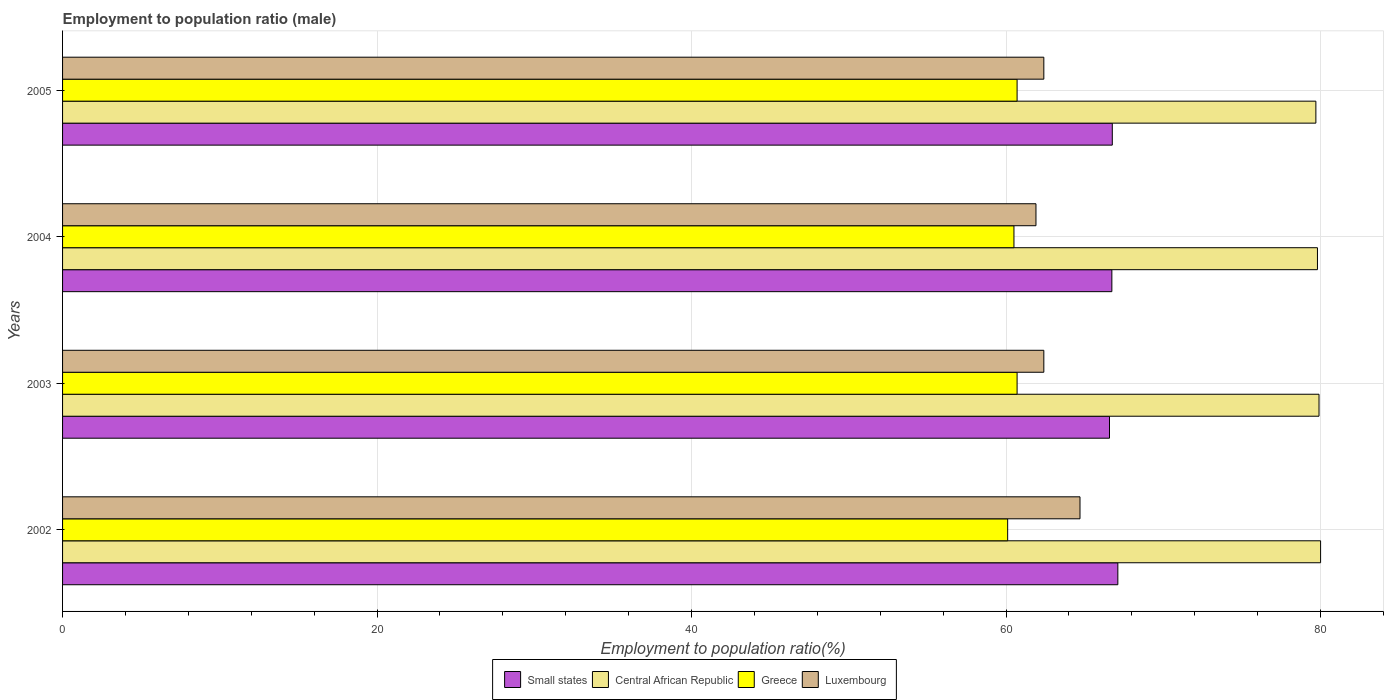
| Years | Small states | Central African Republic | Greece | Luxembourg |
 | --- | --- | --- | --- | --- |
 | 2002 | 67.1 | 80 | 60.1 | 64.7 |
 | 2003 | 66.6 | 79.9 | 60.7 | 62.4 |
 | 2004 | 66.7 | 79.8 | 60.5 | 61.9 |
 | 2005 | 66.8 | 79.7 | 60.7 | 62.4 |